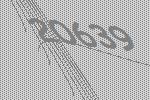
20639